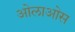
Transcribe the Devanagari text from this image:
ओलाओस